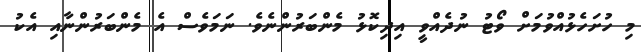
މި ހުށަހެޅުއްވުމަށް ވޯޓު ނުދެއްވީ އިދިކޮޅު މެންބަރުންނެވެ. ނަމަވެސް އެ މެންބަރުންނާއި އެކު